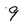
Character: 9